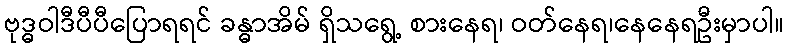
ဗုဒ္ဓဝါဒီပီပီပြောရရင် ခန္ဓာအိမ် ရှိသရွေ့ စားနေရ၊ ဝတ်နေရ၊နေနေရဦးမှာပါ။